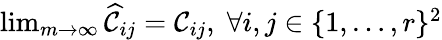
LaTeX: \begin{array}{r}{\operatorname*{lim}_{m\rightarrow\infty}\widehat{\mathcal{C}}_{ij}=\mathcal{C}_{ij},\; \forall i,j\in\{ 1,\ldots,r\} ^{2}}\end{array}